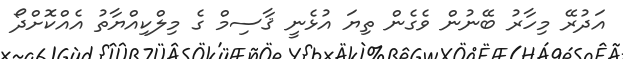
އަދުރޭ މިހާރު ބޭނުން ވެގެން ތިޔަ އުޅެނީ ޤާސިމް ގެ މިލްކިއްޔާތު އެއްކޮށްދޯ